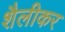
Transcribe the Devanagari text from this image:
शैलीकर